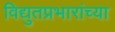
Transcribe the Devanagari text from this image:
विद्युतप्रभारांच्या